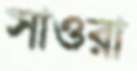
সাওরা